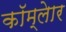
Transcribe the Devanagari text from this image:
कॉम्लेार